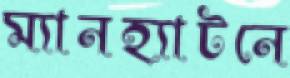
ম্যানহ্যাটনে